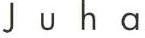
Juha